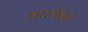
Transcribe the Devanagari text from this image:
धारयेद्वेषं